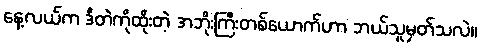
နေ့လယ်က ဒီတဲကိုထိုးတဲ့ အဘိုးကြီးတစ်ယောက်ဟာ ဘယ်သူမှတ်သလဲ။